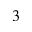
3